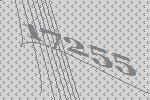
17255